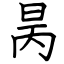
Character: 昺